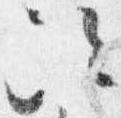
次